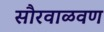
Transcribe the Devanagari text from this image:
सौरवाळवण